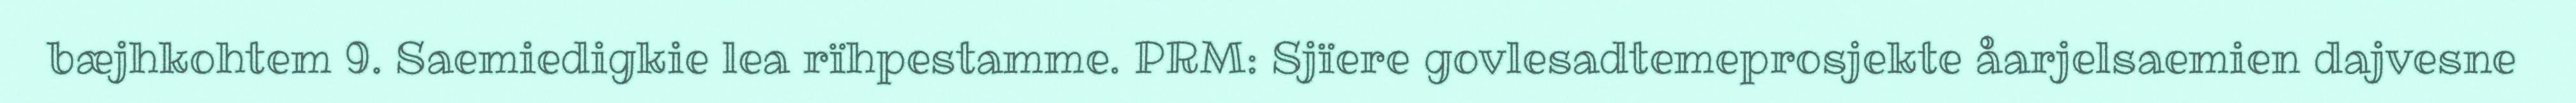
bæjhkohtem 9. Saemiedigkie lea rïhpestamme. PRM: Sjïere govlesadtemeprosjekte åarjelsaemien dajvesne